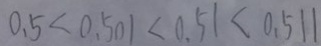
0 . 5 < 0 . 5 0 1 < 0 . 5 1 < 0 . 5 1 1